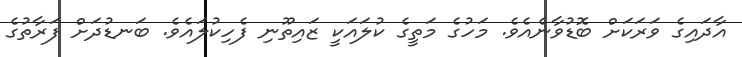
އާދައިގެ ވަރަކަށް ބޮޑުވާނެއެވެ. މަހުގެ މަތީގެ ކުލައަކީ ޒައިތޫނި ފެހިކުލައެވެ. ބަނޑުދަށް ފަރާތުގެ